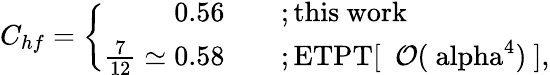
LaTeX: C_{hf}=\left\{ \begin{array}{rl}{{0.56\quad}}&{{;\mathrm{this~work}}}\\ {{\frac{7}{12}\simeq 0.58\quad}}&{{;\mathrm{ETPT[~{\cal~O}(\ alpha^{4})~]},}}\end{array}\right.